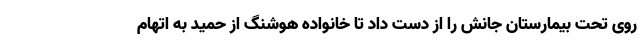
روی تحت بیمارستان جانش را از دست داد تا خانواده هوشنگ از حمید به اتهام